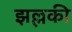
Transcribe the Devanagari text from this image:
झल्लकी